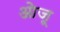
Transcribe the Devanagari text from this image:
ओजू